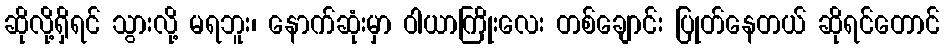
ဆိုလို့ရှိရင် သွားလို့ မရဘူး၊ နောက်ဆုံးမှာ ဝါယာကြိုးလေး တစ်ချောင်း ပြုတ်နေတယ် ဆိုရင်တောင်